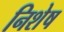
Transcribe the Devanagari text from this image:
निशेष